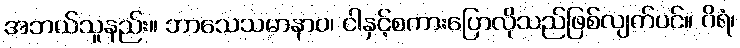
အဘယ်သူနည်း။ ဘာသေသမာနာဝ၊ ငါနှင့်စကားပြောလိုသည်ဖြစ်လျက်ပင်။ ဂိရံ၊